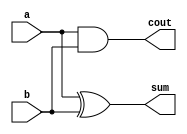
module HalfAdder (
	input a, b,
	
	output sum, cout
	
);

	assign sum = a ^ b;
	assign cout = a & b;

endmodule